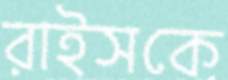
রাইসকে